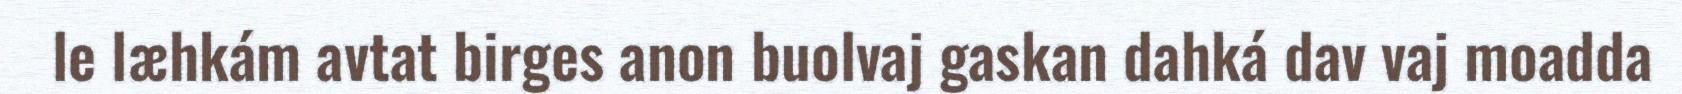
le læhkám avtat birges anon buolvaj gaskan dahká dav vaj moadda